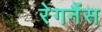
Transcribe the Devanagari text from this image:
रेगनैंस